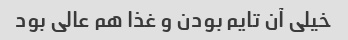
خیلی آن تایم بودن و غذا هم عالی بود